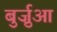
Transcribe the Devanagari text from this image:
बुर्ज़ुआ